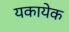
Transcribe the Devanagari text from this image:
यकायेक